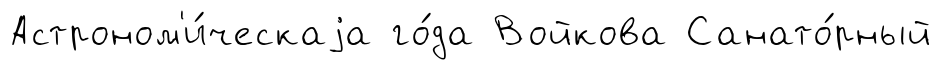
Астроном'и́ческаjа го́да Войкова Санато́рный